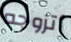
أتزوجه